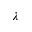
\lambda